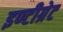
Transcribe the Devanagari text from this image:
इण्टीग्रेट